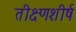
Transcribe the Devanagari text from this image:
तीक्ष्णशीर्ष